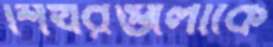
শিখরগুলোকে